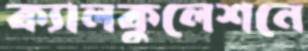
ক্যালকুলেশনে